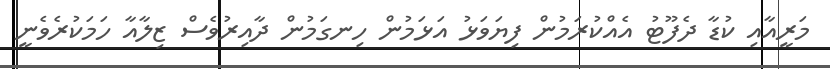
މަރީއާއި ކުޑާ ދެފޫޓު އެއްކުރަމުން ފިޔަވަޅު އަޅަމުން ހިނގަމުން ދާއިރުވެސް ޒިލާއާ ހަމަކުރެވެނީ